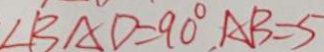
\angle B A D = 9 0 ^ { \circ } , A B = 5